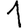
Digit: 1